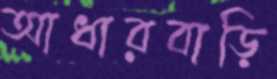
আধারবাড়ি